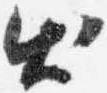
出